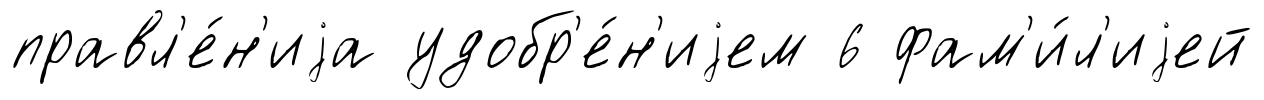
правл'е́н'иjа удобр'е́н'иjем 6 фам'и́л'иjей